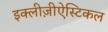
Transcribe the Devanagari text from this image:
इक्लीज़ीऐस्टिकल